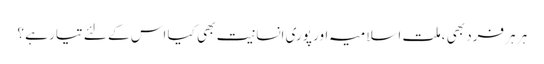
ہر ہر فرد بھی ،ملت اسلامیہ اور پوری انسانیت بھی کیا اس کے لئے تیار ہے ؟